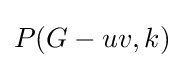
P(G-uv,k)